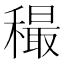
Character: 穝